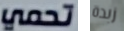
تحمي زبدة